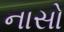
નાસો